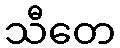
သီတေ